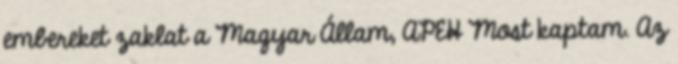
embereket zaklat a Magyar Állam, APEH Most kaptam. Az